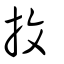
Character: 抆